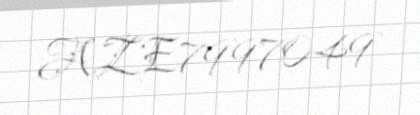
AZE7997049